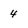
Character: 4